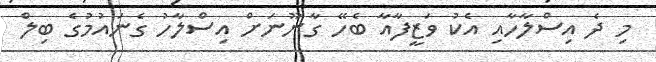
މި ދެ އިސްލާހާއި އެކު ވަޒީފާއާ ބެހޭ ގާނޫނަށް އިސްލާހު ގެނައުމުގެ ބިލް